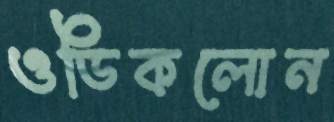
ওডিকলোন